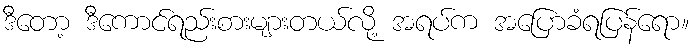
ဒီတော့ ဒီကောင်ရည်းစားများတယ်လို့ အရပ်က အပြောခံရပြန်ရော။